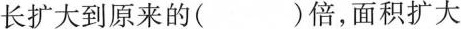
长扩大到原来的( )倍，面积扩大